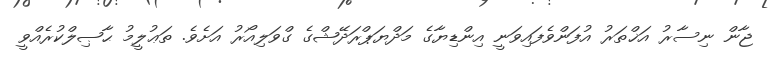
ޖާން ނިސާރު އަޚްތަރު އުފަންވެފައިވަނީ އިންޑިޔާގެ މަދްޔަޕްރަދޭޝްގެ ގްވަލިއޯރު އަށެވެ. ތަޢުލީމު ޙާޞިލްކުރެއްވީ